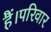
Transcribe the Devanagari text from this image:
हैं।परिवार